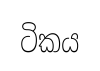
ටිකය